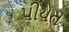
પીયત